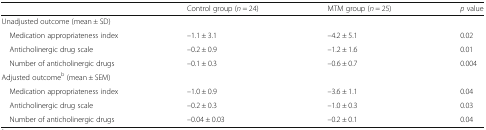
<table><thead><tr><td></td><td><b>Control group (<i>n</i> = 24)</b></td><td><b>MTM group (<i>n</i> = 25)</b></td><td><b><i>p</i> value</b></td></tr></thead><tbody><tr><td>Unadjusted outcome (mean ± SD)</td><td></td><td></td><td></td></tr><tr><td> Medication appropriateness index</td><td>–1.1 ± 3.1</td><td>–4.2 ± 5.1</td><td>0.02</td></tr><tr><td> Anticholinergic drug scale</td><td>–0.2 ± 0.9</td><td>–1.2 ± 1.6</td><td>0.01</td></tr><tr><td> Number of anticholinergic drugs</td><td>–0.1 ± 0.3</td><td>–0.6 ± 0.7</td><td>0.004</td></tr><tr><td colspan="4">Adjusted outcome<sup>b</sup> (mean ± SEM)</td></tr><tr><td> Medication appropriateness index</td><td>–1.0 ± 0.9</td><td>–3.6 ± 1.1</td><td>0.04</td></tr><tr><td> Anticholinergic drug scale</td><td>–0.2 ± 0.3</td><td>–1.0 ± 0.3</td><td>0.03</td></tr><tr><td> Number of anticholinergic drugs</td><td>–0.04 ± 0.03</td><td>–0.2 ± 0.1</td><td>0.04</td></tr></tbody></table>